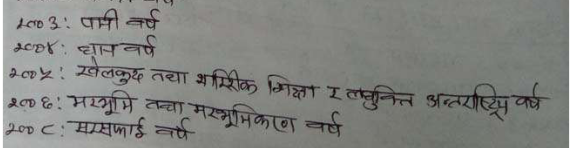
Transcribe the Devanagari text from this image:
२००३: पानी वर्ष
२००४: धान वर्ष
२००५: खेलकुद तथा शारीरिक शिक्षा र तसूनित अन्तर्राष्ट्रिय वर्ष
२००६: मरूभूमि तथा मरूभूमिकरण वर्ष
२००८: सरसफाइ वर्ष